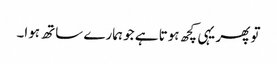
تو پھر یہی کچھ ہوتا ہے جو ہمارے ساتھ ہوا۔